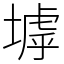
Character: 㙤